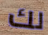
لك